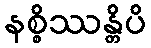
နစ္စိဿန္တိပိ